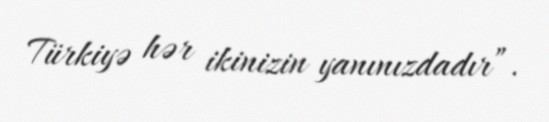
Türkiyə hər ikinizin yanınızdadır”.